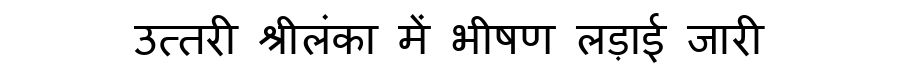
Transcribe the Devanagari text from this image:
उत्तरी श्रीलंका में भीषण लड़ाई जारी